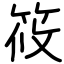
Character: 筱